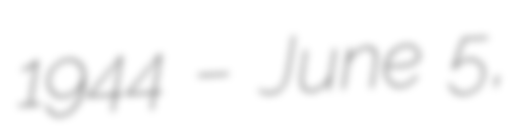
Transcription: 1944 – June 5,